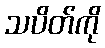
သပိတ်ကို